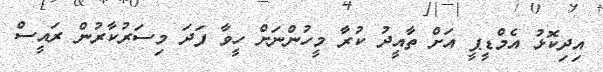
އިދިކޮޅު އެމްޑީޕީ އަށް ތާއީދު ކުރާ މީހުންނަށް ހީވާ ފަދަ މިސަރުކާރުން ރައީސް